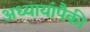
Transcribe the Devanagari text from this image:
अध्यायांपैकी